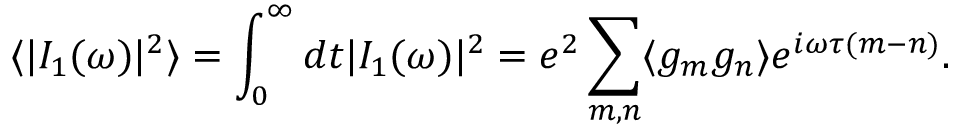
{ \langle | I _ { 1 } ( \omega ) | ^ { 2 } \rangle = \int _ { 0 } ^ { \infty } d t | I _ { 1 } ( \omega ) | ^ { 2 } = e ^ { 2 } \sum _ { m , n } \langle g _ { m } g _ { n } \rangle e ^ { i \omega \tau ( m - n ) } . }